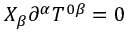
X _ { \beta } \partial ^ { \alpha } T ^ { 0 \beta } = 0